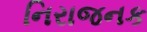
નિરાજનક